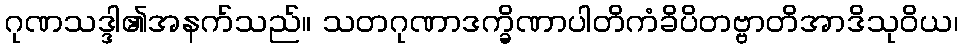
ဂုဏသဒ္ဒါ၏အနက်သည်။ သတဂုဏာဒက္ခိဏာပါတိကံခိပိတဗ္ဗာတိအာဒိသုဝိယ၊